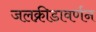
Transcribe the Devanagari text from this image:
जलक्रीडावर्णन